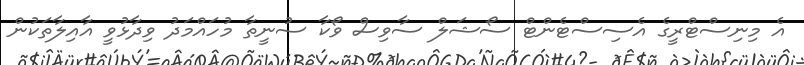
އެ މިނިސްޓްރީގެ އެސިސްޓެންޓް ސޯޝަލް ސާވިސް ވޯކާ ސުނީތާ މުހައްމަދު ވިދާޅުވީ އާއިލާތަކުން